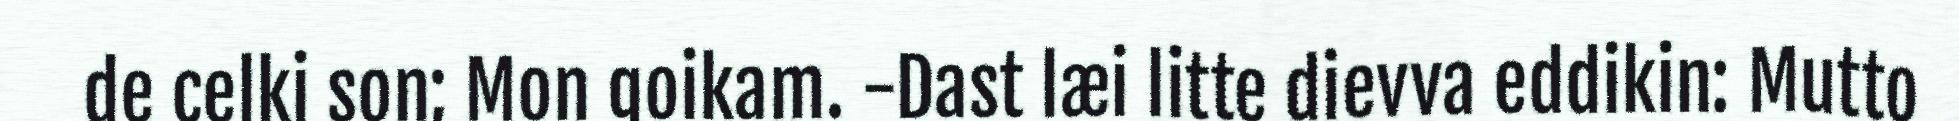
de celki son; Mon goikam. -Dast læi litte dievva eddikin: Mutto